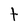
Character: t